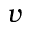
v